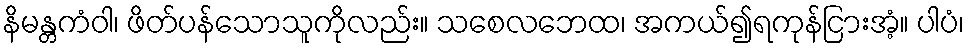
နိမန္တကံဝါ၊ ဖိတ်ပန်သောသူကိုလည်း။ သစေလဘေထ၊ အကယ်၍ရကုန်ငြားအံ့။ ပါပံ၊